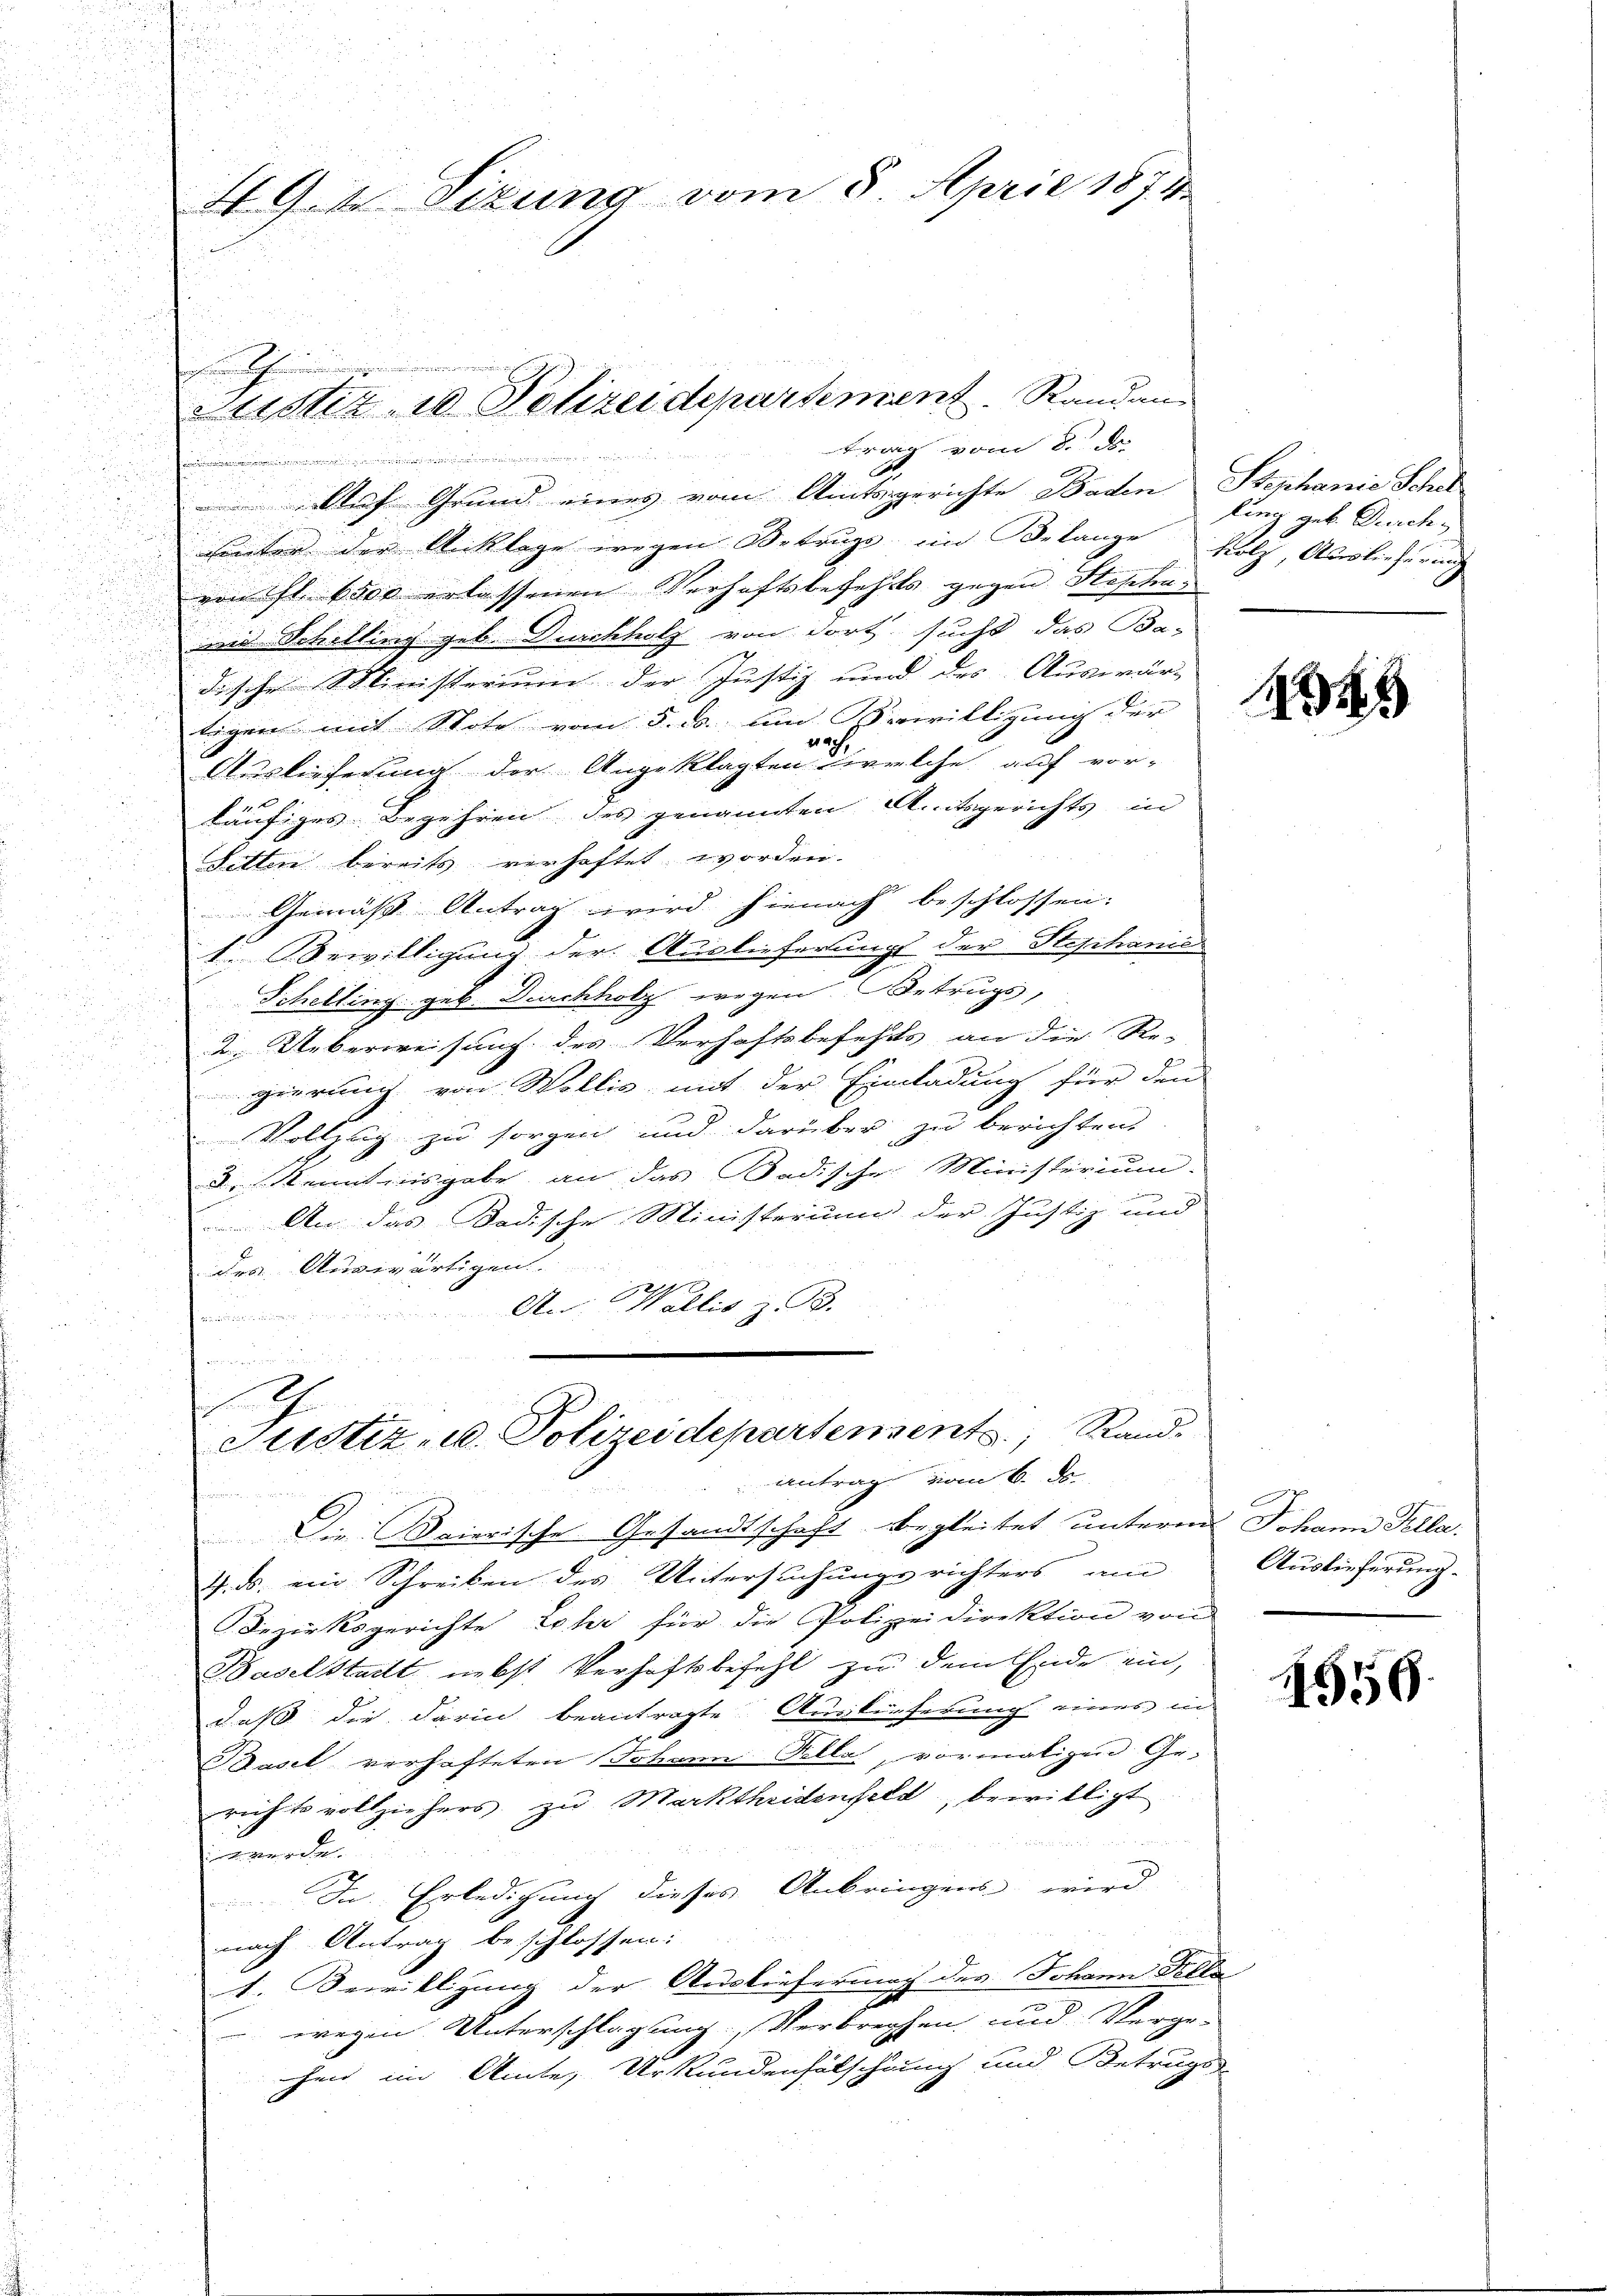
7
Auf Grund eines vom Amtsgerichte Baden Stephanie Schr
unter der Anklage wegen Betrugs im Belange holf, Auslieferung
von fl. 6500 erlassenen Verhaftsbefehls gegen Stepha¬
und Schilling geb. Durchholz von dort sucht das Ba-
dische Ministerium der Justiz und des Auswär-
tigen mit Stote vom 5. ds. um Bewilligung der
nach
Auslieferung der Angeklagten welche auf vor-
läufiges Begehren des genannten Amtsgerichts in
Sitten bereits verhaftet worden.
Gemäß Antrag wird hienach beschlossen:
u
1. Bewilligung der Auslieferungs der Stephanić

Schelling geb. Durchholz wegen Betrugs,

¬
2. Ueberweisung des Verhaftsbefehls an die Re-
d
.

gierung von Wollis mit der Einladung für den
Vollzug zu sorgen und darüber zu berichten.
d. Kenntnisgabe an das Badische Ministerium.
 An das Badische Ministerium der Justiz und
des Auswärtigen.
2
An: Wallis z. B.
hwendigen
e
h

49. Sizung vom 8. April 1873.

n
.
Justiz 10 Polizeidepartement. Randan
trag vom 8. ds.
m

Die Baierische Gesandtschaft begleitet unterm Johann Fella.
4. ds. ein Schreiben des Untersuchungsrichters am Auslieferung.
Bezirksgerichte Lohr für die Polizeidirektion von
Baselstadt nebst Verhaftsbefehl zu dem Ende ein,
daß die darin beantragte Auskünferung eines in
Basel verhafteten Johann Felle, vormaligen Gerichtsvollziehers zu Marktheidenfeld, bewilligt

werden.
In Erledigung dieses Anbringens wird
nach Antrag beschlossen:
1. Bewilligung der Ausliefernach des Johann Fella
wegen Unterschlagung, Verbrechen und Verge-
chen im Amte, Urkundenfälschung und Betrugs-

Justiz- u. Polizeidepartements, Rand
antrag vom 6. ds.

lung geb. Durch

145

1559